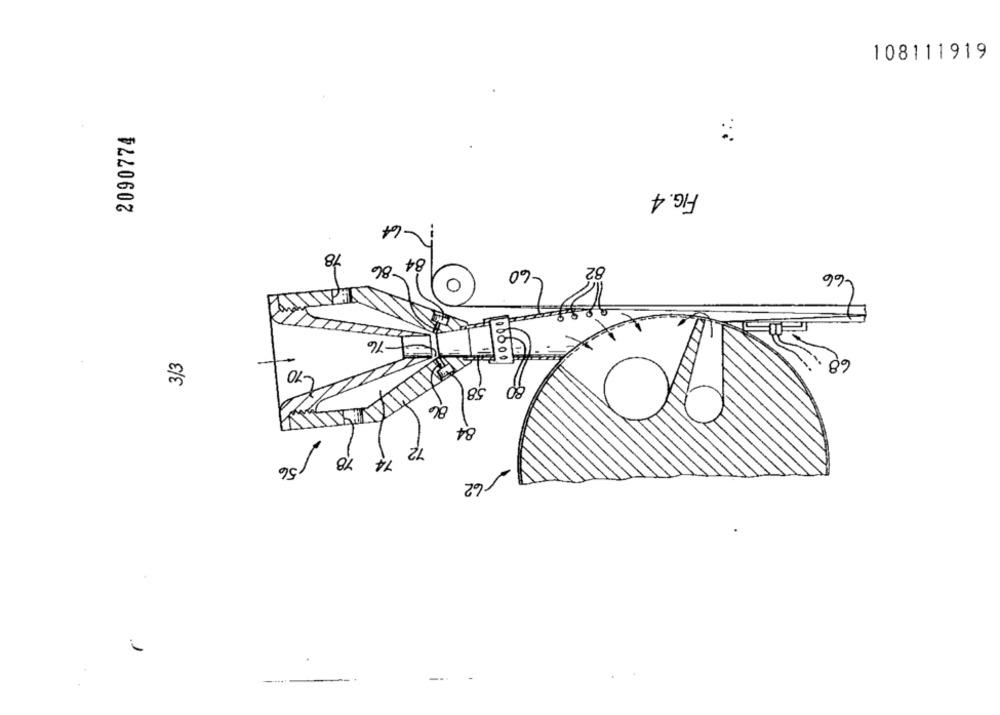
108111919
2090774
FIG. 4
18
-86
84
-60
-76
3/3
80
58
86
84
72
74 78 /56
162